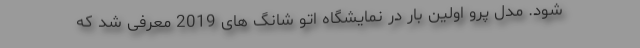
شود. مدل پرو اولین بار در نمایشگاه اتو شانگ های 2019 معرفی شد که